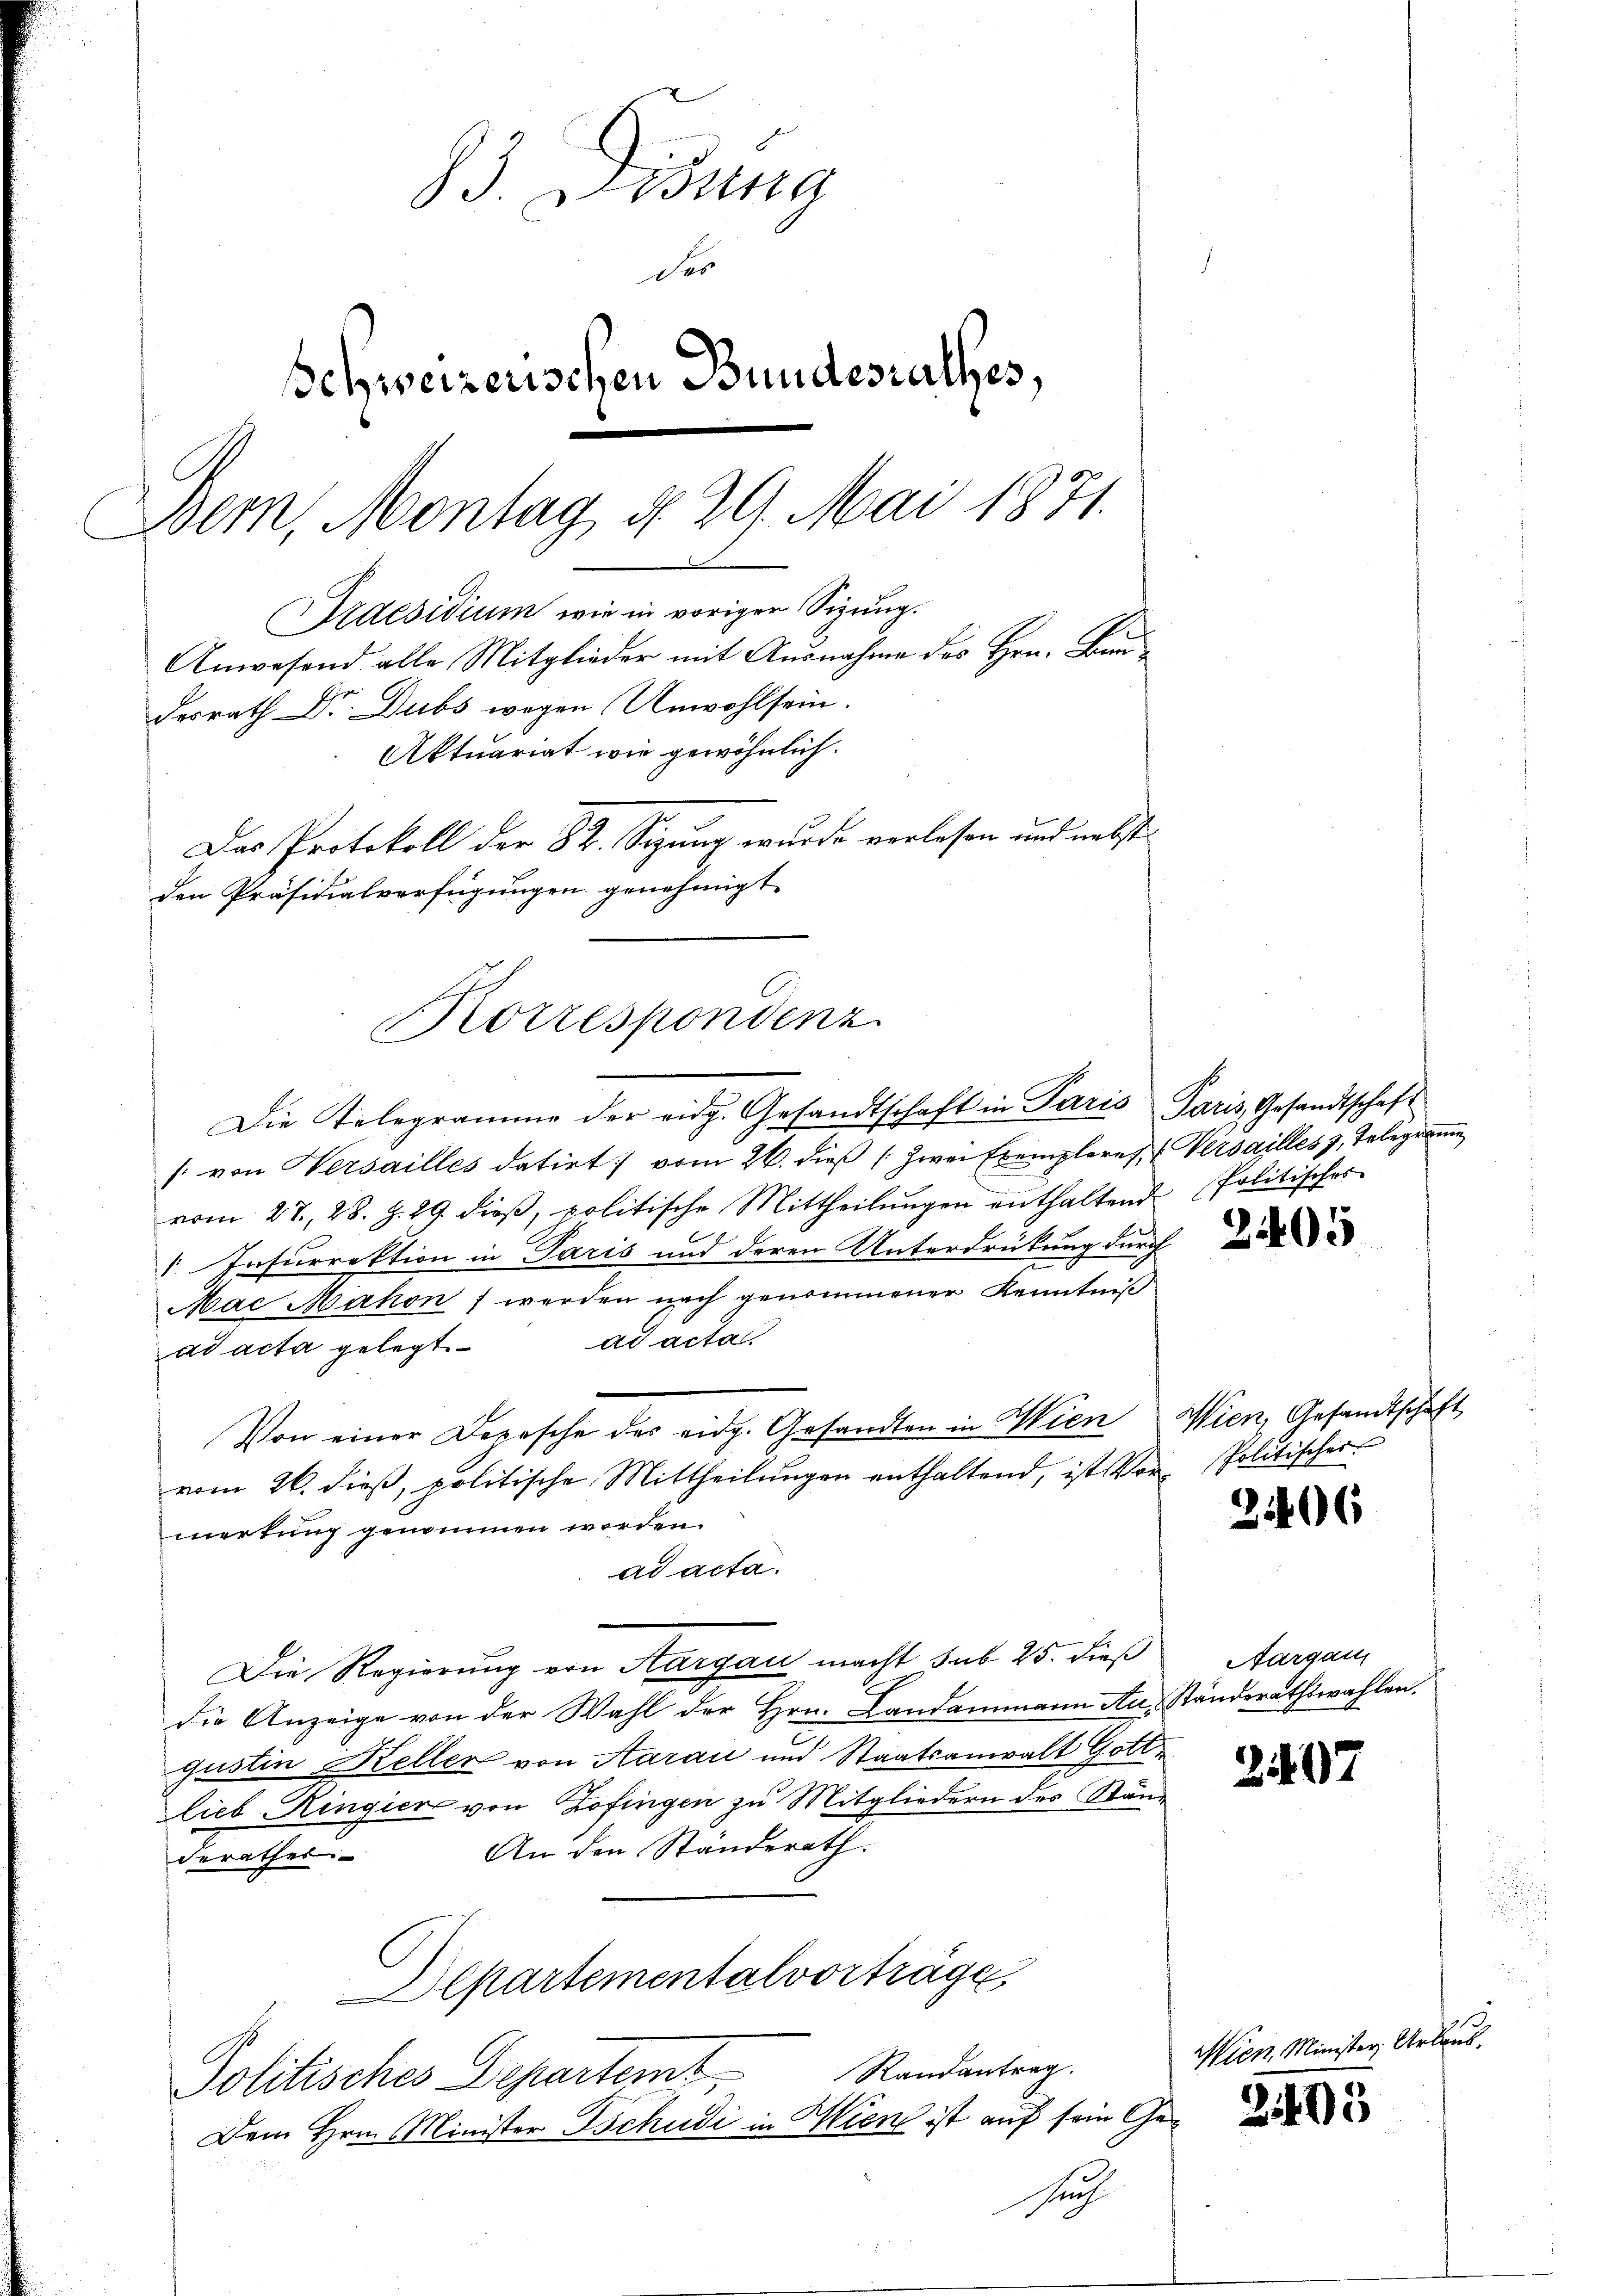
83. Disung
des
Schweizerischen Bundesrathes,
Bem, Montag d. 29. Mai 1871.
Praesidium wie in vorigen Sizung.
Anwesend alle Mitglieder mit Ausnahme des Hrn. Banddesrath Dr. Dubs wegen Unwohlsein.
Aktuariat wie gewöhnlich.
Das Protokoll der 82. Sigung wurde verlesen und nebste
den Präsidialverfügungen genehmigt.

Korrespondenz.

Die Telegramme der eidg. Gesandtschaft in Paris Paris Gesandtschaft
f. von Versailles datirt vom 26. dieß (zwei Exemplares Versailles z. Telegramme
vom 27. 28. Z. 29. dieß, politische Mittheilungen enthaltend
1 Infurrektion in Paris und deren Unterdrückung durch
e
Mac Mahon werden nach genommener Kenntniß
ad acta.
ad acta gelegt.
Von einer Depesche des eidg. Gesandten in Wien Wien, Gesandtschaft
vom 26. dieβ, politische Mittheilungen enthaltend, ist Vor- Politischer
mertung genommen werden.
ad acta.
Die Regierung von Aargau macht sub 25. dieß
die Anzeige von der Wahl der Hrn. Landammann Au- Ständerathswahlen.
gustin Keller von Aarau und Staatsanwalt Gottlieb Ringier von Zofingen zu Mitgliedern des Stän¬
An den Ständerath.
derathes
Departementalvorträge
Politisches Departemt Randantrag.
Dem Hrn. Minister Tschudi in Wien ist auf sein Gesuch

Politisches

Aargau

M

2405

21406

2407

5

e
ter Urlaub.